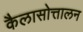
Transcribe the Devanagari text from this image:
कैलासोत्तालन